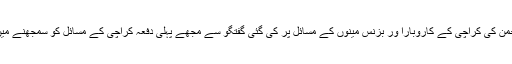
شکیل الرحمن کی کراچی کے کاروبارا ور بزنس مینوں کے مسائل پر کی گئی گفتگو سے مجھے پہلی دفعہ کراچی کے مسائل کو سمجھنے میں مدد ملی۔